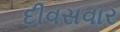
દીવસવાર